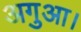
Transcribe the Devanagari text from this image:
अगुआ।